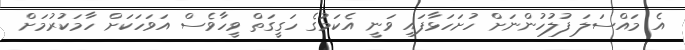
އެ މައްސަލަ ފުލުހުންނަށް ހުށަހަޅާފައި ވަނީ އެކަމުގެ ހަގީގަތް ވީހާވެސް އަވަހަކަށް ހާމަކުރުމަށް